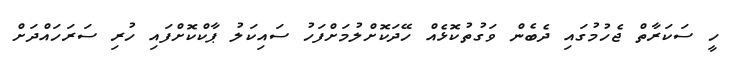
ހީ ސަކަރާތް ޖެހުމުގައި ދެބެން ވަގުތުކޮޅެއް ހޭދަކޮށްލުމަށްފަހު ސައިކަލު ޕާކްކޮށްފައި ހުރި ސަރަހައްދަށް